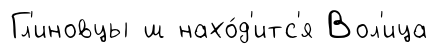
Гл'иновцы ш нахо́д'итс'я Вол'ица